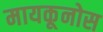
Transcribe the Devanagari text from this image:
मायकूनोस